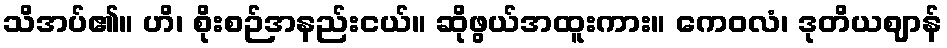
သိအပ်၏။ ဟိ၊ စိုးစဉ်အနည်းငယ်။ ဆိုဖွယ်အထူးကား။ ကေဝလံ၊ ဒုတိယဈာန်